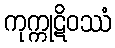
ကုက္ကုဋိဝဿံ